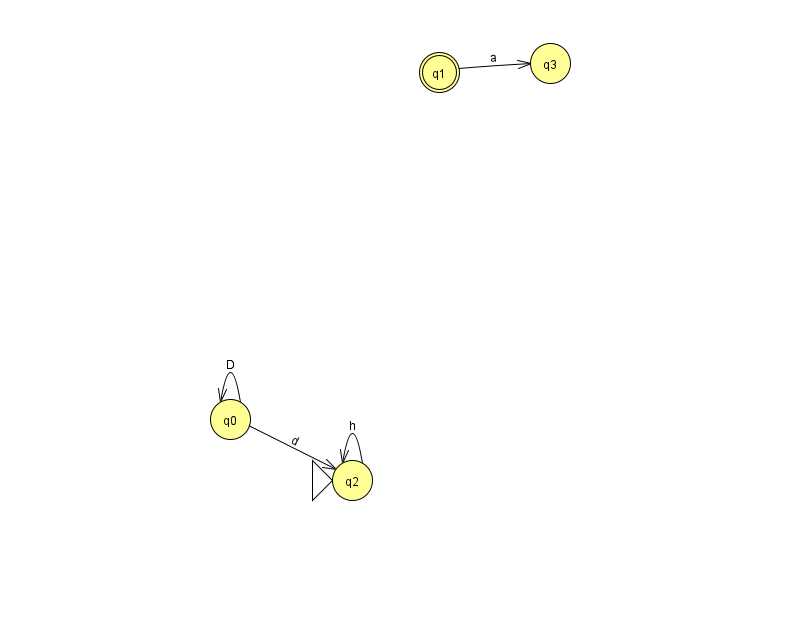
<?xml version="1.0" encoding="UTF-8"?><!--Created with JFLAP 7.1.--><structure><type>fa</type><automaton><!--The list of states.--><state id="0" name="q0"><x>230.0</x><y>406.0</y></state><state id="1" name="q1"><x>439.0</x><y>59.0</y><final/></state><state id="2" name="q2"><x>352.0</x><y>467.0</y><initial/></state><state id="3" name="q3"><x>550.0</x><y>50.0</y></state><!--The list of transitions.--><transition><from>0</from><to>2</to><read>d</read></transition><transition><from>0</from><to>0</to><read>D</read></transition><transition><from>1</from><to>3</to><read>a</read></transition><transition><from>2</from><to>2</to><read>h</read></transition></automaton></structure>